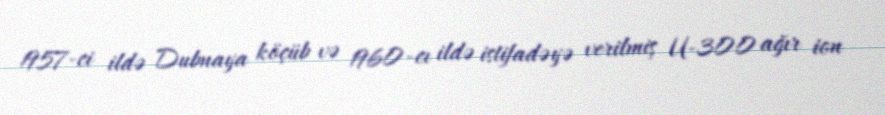
1957-ci ildə Dubnaya köçüb və 1960-cı ildə istifadəyə verilmiş U-300 ağır ion